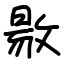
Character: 敭